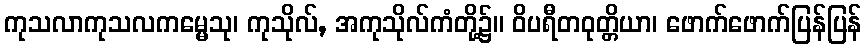
ကုသလာကုသလကမ္မေသု၊ ကုသိုလ်, အကုသိုလ်ကံတို့၌။ ဝိပရီတဝုတ္တိယာ၊ ဖောက်ဖောက်ပြန်ပြန်